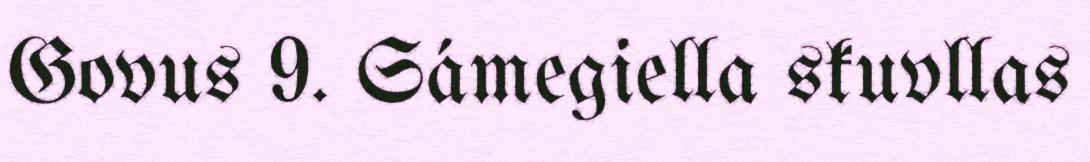
Govus 9. Sámegiella skuvllas